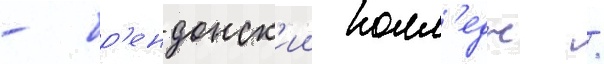
- бр'ендонск'ии колл'едж /